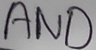
Text: AND